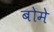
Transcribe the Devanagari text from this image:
बोमे